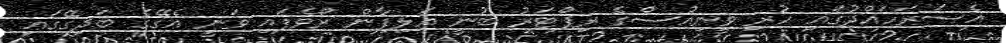
އެސަރަހައްދުގައި ހުރި ވީނިއުސްގެ ރިޕޯޓަރު ބުނީ އަލިފާން ރޯވެފައި ވަނީ އެގޭގެ ބަދިގޭގައި